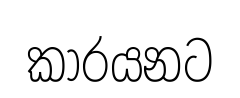
කාරයනට